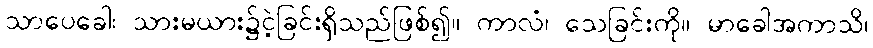
သာပေခေါ၊ သားမယား၌ငဲ့ခြင်းရှိသည်ဖြစ်၍။ ကာလံ၊ သေခြင်းကို။ မာခေါအကာသိ၊